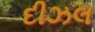
દીઝલ